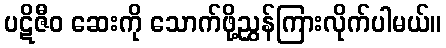
ပဋိဇီဝ ဆေးကို သောက်ဖို့ညွှန်ကြားလိုက်ပါမယ်။